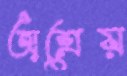
অশ্রেয়